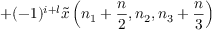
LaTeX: + ( - 1 ) ^ { i + l } { \tilde { x } } \left( n _ { 1 } + { \frac { n } { 2 } } , n _ { 2 } , n _ { 3 } + { \frac { n } { 3 } } \right)